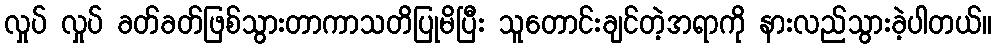
လှုပ် လှုပ် ခတ်ခတ်ဖြစ်သွားတာကာသတိပြုမိပြီး သူတောင်းချင်တဲ့အရာကို နားလည်သွားခဲ့ပါတယ်။